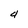
Character: 4